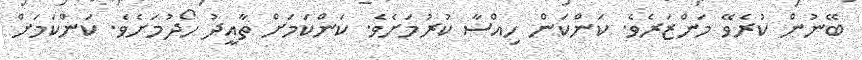
ބޭނުން ކުރެވޭ މަންޒަރެވެ. ކަންކަން ހިއްސާ ކުރުމަށެވެ. ކަންކަމަށް ތާއީދު ހޯދުމަށެވެ. ކަންކަމަށް